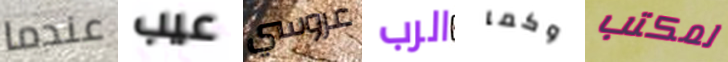
عندما عيب عروسي الرب وكما لمكتب